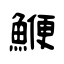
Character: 鯾